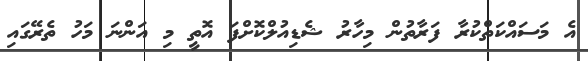
އެ މަސައްކަތްކުރާ ފަރާތުން މިހާރު ޝެޑިއުލްކޮށްފަ އޮތީ މި އަންނަ މަހު ތެރޭގައި